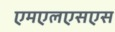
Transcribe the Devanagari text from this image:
एमएलएसएस